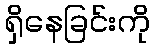
ရှိနေခြင်းကို